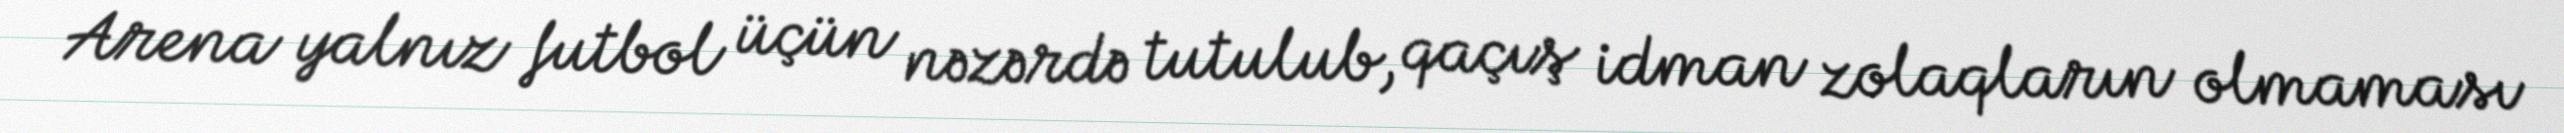
Arena yalnız futbol üçün nəzərdə tutulub, qaçış idman zolaqların olmaması